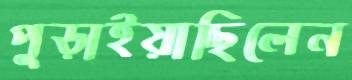
পুড়াইয়াছিলেন